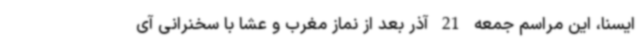
ایسنا، این مراسم جمعه 21 آذر بعد از نماز مغرب و عشا با سخنرانی آی